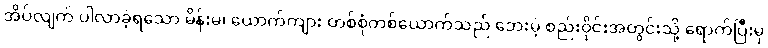
အိပ်လျက် ပါလာခဲ့ရသော မိန်းမ၊ ယောက်ကျား တစ်စုံတစ်ယောက်သည် ဘေးမဲ့ စည်းဝိုင်းအတွင်းသို့ ရောက်ပြီးမှ